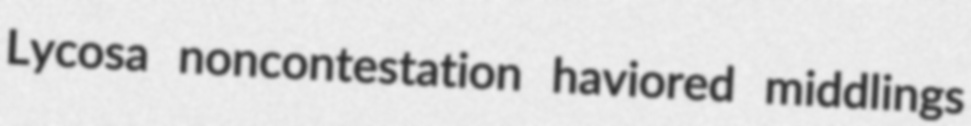
Lycosa noncontestation haviored middlings